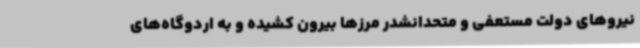
نیروهای دولت مستعفی و متحدانشدر مرزها بیرون کشیده و به اردوگاه‌های